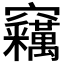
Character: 𱷢